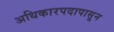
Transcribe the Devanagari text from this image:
अधिकारपदापासून